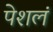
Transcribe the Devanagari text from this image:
पेशलं